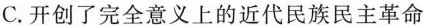
C. 开创了完全意义上的近代民族民主革命